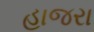
હાજરા